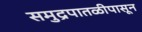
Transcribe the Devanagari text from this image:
समुद्रपातळीपासून